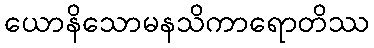
ယောနိသောမနသိကာရောတိဿ